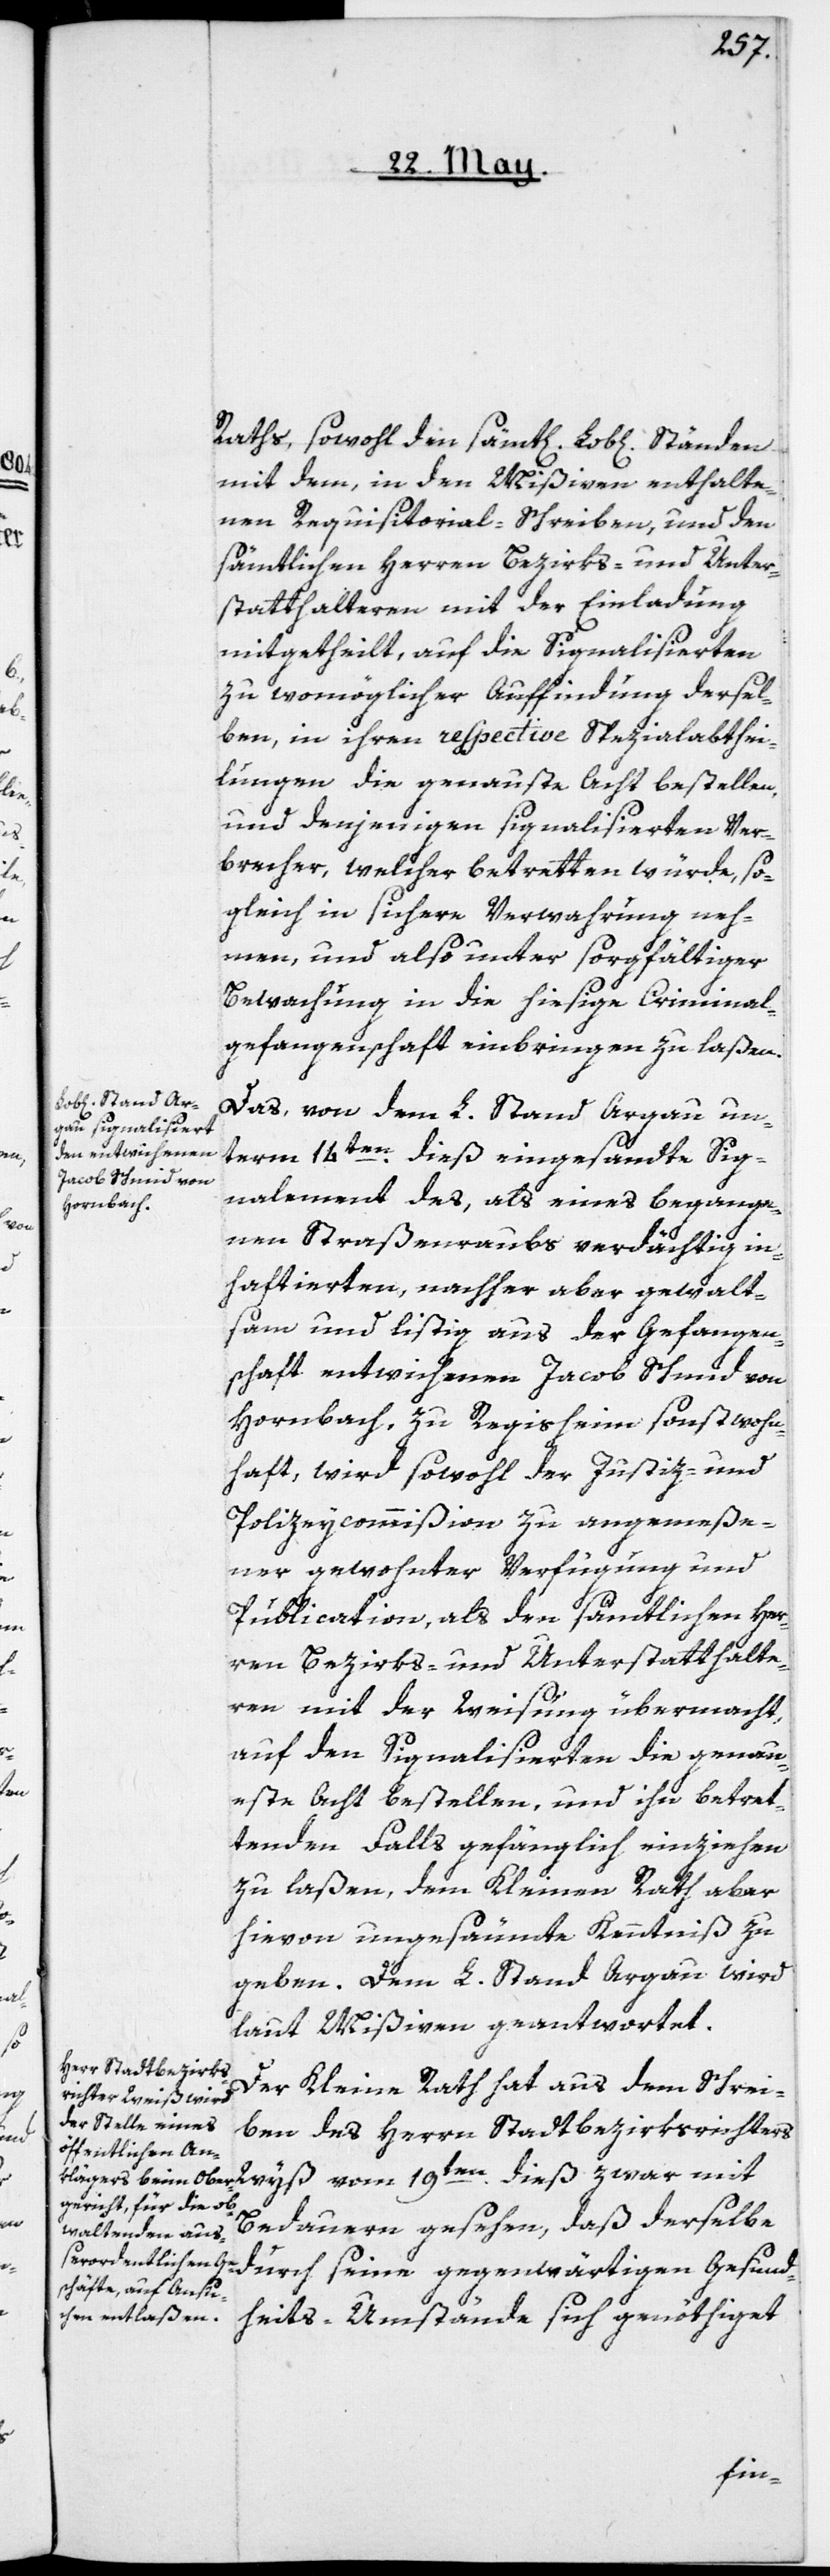
mit dem, in den Mißiven enthalte¬
nen Requisitorial-Schreiben, und den
sämtlichen Herren Bezirks- und Unter¬
statthalteren mit der Einladung
mitgetheilt, auf die Signalisierten
zu womöglicher Auffindung dersel¬
ben, in ihren respective Spezialabthei¬
lungen die genaueste Acht bestellen,
und denjenigen signalisierten Ver¬
brecher, welcher betretten würde, so¬
gleich in sichere Verwahrung neh¬
men, und also unter sorgfältiger
Bewachung in die hiesige Criminal¬
gefangenschaft einbringen zu laßen.
Das, von dem L. Stand Argau un¬
term 14ten dieß eingesandte Sig¬
nalement des, als eines begange¬
nen Straßenraubs verdächtig in¬
haftierten, nachher aber gewalt¬
sam und listig aus der Gefangen¬
schaft entwichenen Jacob Schmid von
Hornbach, zu Regisheim sonst wohn¬
haft, wird sowohl der Justiz- und
Polizeycommißion zu angemeße¬
ner gewohnter Verfügung und
Publication, als den sämtlichen Her¬
ren Bezirks- und Unterstatthalte¬
ren mit der Weisung übermacht,
auf den Signalisierten die genau¬
este Acht bestellen, und ihn betret¬
tenden Falls gefänglich einziehen
zu laßen, dem Kleinen Rath aber
hievon ungesäumte Kenntniß zu
geben. Dem L. Stand Argau wird,
laut Mißiven, geantwortet.
Der Kleine Rath hat aus dem Schrei¬
ben des Herrn Stadtbezirksrichters
[sic!] vom 19ten dieß zwar mit
Bedauern gesehen, daß derselbe
durch seine gegenwärtigen Gesund¬
heits-Umstände sich genöthiget